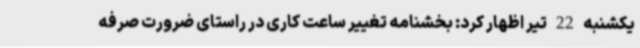
یکشنبه 22 تیر اظهار کرد: بخشنامه تغییر ساعت کاری در راستای ضرورت صرفه